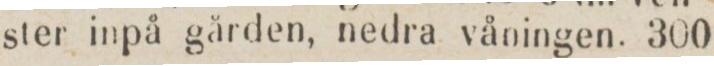
ster inpå gården, nedra våningen.    300